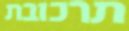
תרכובת